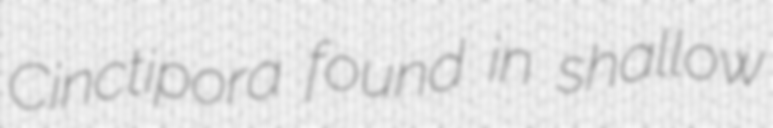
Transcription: Cinctipora found in shallow